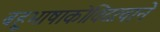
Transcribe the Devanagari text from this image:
बहुभाषाकोविदत्वाने